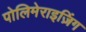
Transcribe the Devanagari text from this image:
पोलिमेराइज़िंग